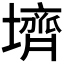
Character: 𪤪